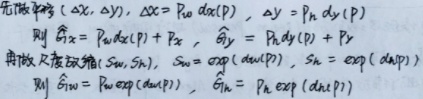
先做平移\((\Deltax,\Deltay),Deltax=P_wdx(p),Deltay=P_hdy(p)\)\\
则\(\hat{G}_x=P_wdx(p)+P_x,hat{G}_y=P_hdy(p)+P_y\)\\
再做尺度放缩\((S_w,S_h),\S_w=\exp(d_w(p)),\S_h=\exp(d_h(p))\)\\
则\(\hat{G}_w=P_w\exp(d_w(p)),hat{G}_h=P_h\exp(d_h(p))\)